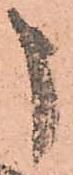
申